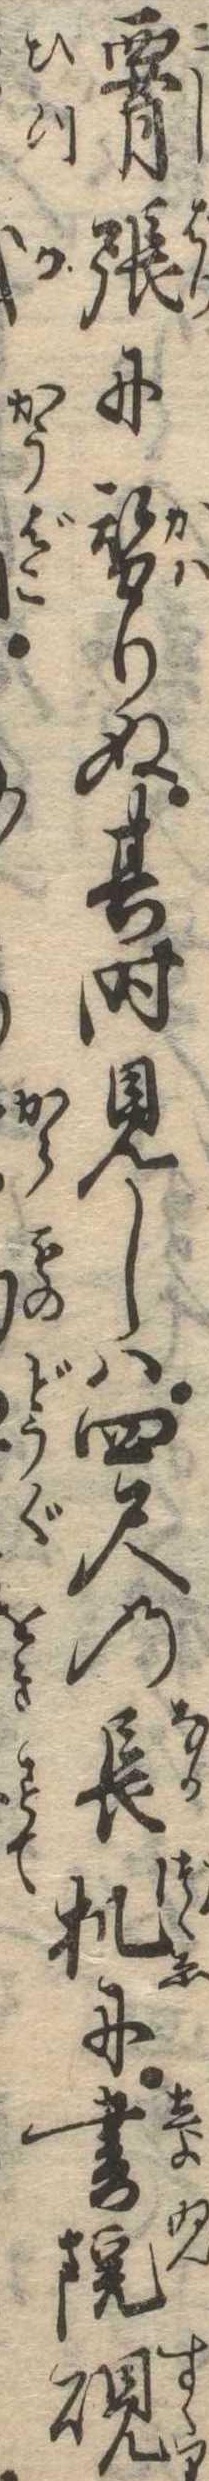
腰張に替りぬ其時見しは四尺の長机に書院硯